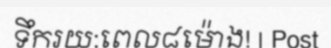
ទឹករយ:ពេល៨ម៉ោង! | Post